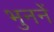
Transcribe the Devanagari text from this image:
भुननें